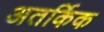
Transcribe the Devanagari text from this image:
अतर्किक